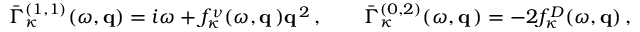
\bar { \Gamma } _ { \kappa } ^ { ( 1 , 1 ) } ( \omega , { \bf q } ) = i \omega + f _ { \kappa } ^ { \nu } ( \omega , { \bf q } \, ) { \bf q } ^ { \, 2 } \, , \qquad \bar { \Gamma } _ { \kappa } ^ { ( 0 , 2 ) } ( \omega , { \bf q } \, ) = - 2 f _ { \kappa } ^ { D } ( \omega , { \bf q } ) \, ,